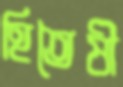
হিতৈষী